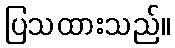
ပြသထားသည်။